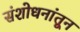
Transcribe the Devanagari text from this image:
संशोधनांतून